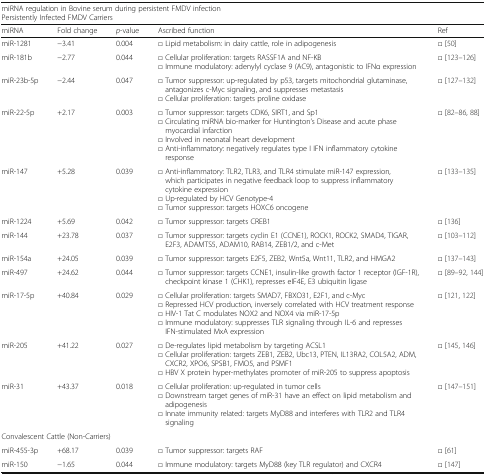
<table><thead><tr><td colspan="5"><b>miRNA regulation in Bovine serum during persistent FMDV infection</b></td></tr><tr><td colspan="5"><b>Persistently Infected FMDV Carriers</b></td></tr><tr><td><b>miRNA</b></td><td><b>Fold change</b></td><td><b><i>p</i>-value</b></td><td><b>Ascribed function</b></td><td><b>Ref</b></td></tr></thead><tbody><tr><td>miR-1281</td><td>−3.41</td><td>0.004</td><td>□ Lipid metabolism: in dairy cattle, role in adipogenesis</td><td>□ [50]</td></tr><tr><td>miR-181b</td><td>−2.77</td><td>0.044</td><td>□ Cellular proliferation: targets RASSF1A and NF-KB□ Immune modulatory: adenylyl cyclase 9 (AC9), antagonistic to IFNα expression</td><td>□ [123–126]</td></tr><tr><td>miR-23b-5p</td><td>−2.44</td><td>0.047</td><td>□ Tumor suppressor: up-regulated by p53, targets mitochondrial glutaminase, antagonizes c-Myc signaling, and suppresses metastasis□ Cellular proliferation: targets proline oxidase</td><td>□ [127–132]</td></tr><tr><td>miR-22-5p</td><td>+2.17</td><td>0.003</td><td>□ Tumor suppressor: targets CDK6, SIRT1, and Sp1□ Circulating miRNA bio-marker for Huntington’s Disease and acute phase myocardial infarction□ Involved in neonatal heart development□ Anti-inflammatory: negatively regulates type I IFN inflammatory cytokine response</td><td>□ [82–86, 88]</td></tr><tr><td>miR-147</td><td>+5.28</td><td>0.039</td><td>□ Anti-inflammatory: TLR2, TLR3, and TLR4 stimulate miR-147 expression, which participates in negative feedback loop to suppress inflammatory cytokine expression□ Up-regulated by HCV Genotype-4□ Tumor suppressor: targets HOXC6 oncogene</td><td>□ [133–135]</td></tr><tr><td>miR-1224</td><td>+5.69</td><td>0.042</td><td>□ Tumor suppressor: targets CREB1</td><td>□ [136]</td></tr><tr><td>miR-144</td><td>+23.78</td><td>0.037</td><td>□ Tumor suppressor: targets cyclin E1 (CCNE1), ROCK1, ROCK2, SMAD4, TIGAR, E2F3, ADAMTS5, ADAM10, RAB14, ZEB1/2, and c-Met</td><td>□ [103–112]</td></tr><tr><td>miR-154a</td><td>+24.05</td><td>0.039</td><td>□ Tumor suppressor: targets E2F5, ZEB2, Wnt5a, Wnt11, TLR2, and HMGA2</td><td>□ [137–143]</td></tr><tr><td>miR-497</td><td>+24.62</td><td>0.044</td><td>□ Tumor suppressor: targets CCNE1, insulin-like growth factor 1 receptor (IGF-1R), checkpoint kinase 1 (CHK1), represses eIF4E, E3 ubiquitin ligase</td><td>□ [89–92, 144]</td></tr><tr><td>miR-17-5p</td><td>+40.84</td><td>0.029</td><td>□ Cellular proliferation: targets SMAD7, FBXO31, E2F1, and c-Myc□ Repressed HCV production, inversely correlated with HCV treatment response□ HIV-1 Tat C modulates NOX2 and NOX4 via miR-17-5p□ Immune modulatory: suppresses TLR signaling through IL-6 and represses IFN-stimulated MxA expression</td><td>□ [121, 122]</td></tr><tr><td>miR-205</td><td>+41.22</td><td>0.027</td><td>□ De-regulates lipid metabolism by targeting ACSL1□ Cellular proliferation: targets ZEB1, ZEB2, Ubc13, PTEN, IL13RA2, COL5A2, ADM, CXCR2, XPO6, SPSB1, FMO5, and PSMF1□ HBV X protein hyper-methylates promoter of miR-205 to suppress apoptosis</td><td>□ [145, 146]</td></tr><tr><td>miR-31</td><td>+43.37</td><td>0.018</td><td>□ Cellular proliferation: up-regulated in tumor cells□ Downstream target genes of miR-31 have an effect on lipid metabolism and adipogenesis□ Innate immunity related: targets MyD88 and interferes with TLR2 and TLR4 signaling</td><td>□ [147–151]</td></tr><tr><td colspan="5">Convalescent Cattle (Non-Carriers)</td></tr><tr><td>miR-455-3p</td><td>+68.17</td><td>0.039</td><td>□ Tumor suppressor: targets RAF</td><td>□ [61]</td></tr><tr><td>miR-150</td><td>−1.65</td><td>0.044</td><td>□ Immune modulatory: targets MyD88 (key TLR regulator) and CXCR4</td><td>□ [147]</td></tr></tbody></table>